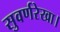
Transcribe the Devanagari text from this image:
सुवर्णरेखा।